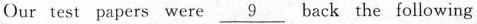
Our test papers were \underline{9} back the following